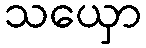
သယှော